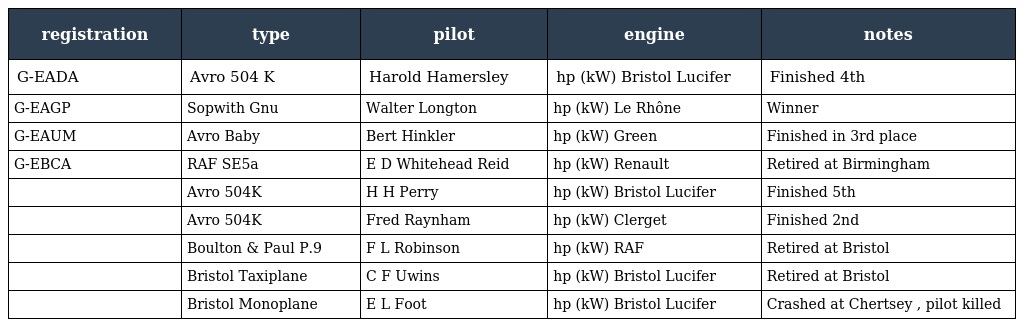
| registration | type | pilot | engine | notes |
 | --- | --- | --- | --- | --- |
 | G-EADA | Avro 504 K | Harold Hamersley | hp (kW) Bristol Lucifer | Finished 4th |
 | G-EAGP | Sopwith Gnu | Walter Longton | hp (kW) Le Rhône | Winner |
 | G-EAUM | Avro Baby | Bert Hinkler | hp (kW) Green | Finished in 3rd place |
 | G-EBCA | RAF SE5a | E D Whitehead Reid | hp (kW) Renault | Retired at Birmingham |
 |  | Avro 504K | H H Perry | hp (kW) Bristol Lucifer | Finished 5th |
 |  | Avro 504K | Fred Raynham | hp (kW) Clerget | Finished 2nd |
 |  | Boulton & Paul P.9 | F L Robinson | hp (kW) RAF | Retired at Bristol |
 |  | Bristol Taxiplane | C F Uwins | hp (kW) Bristol Lucifer | Retired at Bristol |
 |  | Bristol Monoplane | E L Foot | hp (kW) Bristol Lucifer | Crashed at Chertsey , pilot killed |